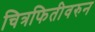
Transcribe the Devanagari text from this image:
चित्रफितीवरुन